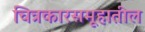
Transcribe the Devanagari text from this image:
चित्रकारसमूहातील